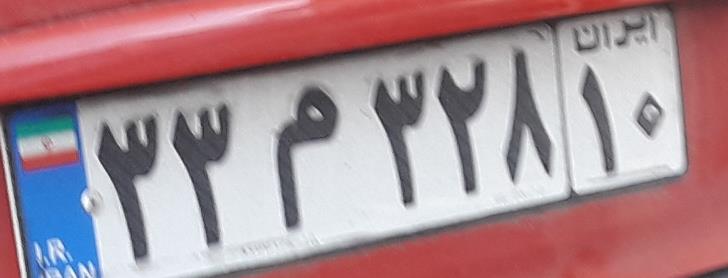
۳۳م۳۲۸۱۰